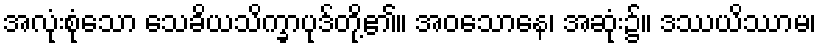
အလုံးစုံသော သေခိယသိက္ခာပုဒ်တို့၏။ အဝသောနေ၊ အဆုံး၌။ ဒဿယိဿာမ၊